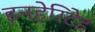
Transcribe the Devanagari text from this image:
इनहेरिटेड